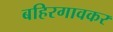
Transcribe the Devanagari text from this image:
बहिरगावकर